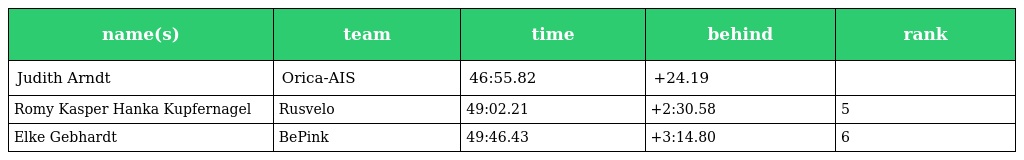
| name(s) | team | time | behind | rank |
 | --- | --- | --- | --- | --- |
 | Judith Arndt | Orica-AIS | 46:55.82 | +24.19 |  |
 | Romy Kasper Hanka Kupfernagel | Rusvelo | 49:02.21 | +2:30.58 | 5 |
 | Elke Gebhardt | BePink | 49:46.43 | +3:14.80 | 6 |